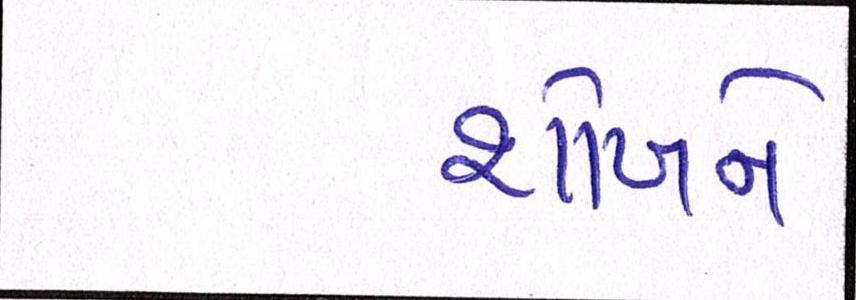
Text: શોખને